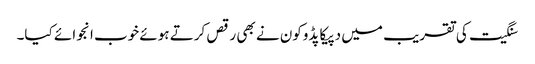
سنگیت کی تقریب میں دپیکا پڈوکون نے بھی رقص کرتے ہوئے خوب انجوائے کیا۔